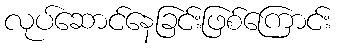
လုပ်ဆောင်နေခြင်းဖြစ်ကြောင်း